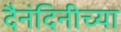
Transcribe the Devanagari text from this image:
दैनंदिनीच्या